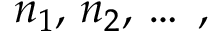
n _ { 1 } , \, n _ { 2 } , \, \ldots \; ,